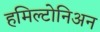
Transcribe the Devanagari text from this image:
हमिल्टोनिअन